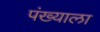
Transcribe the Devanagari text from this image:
पंख्याला